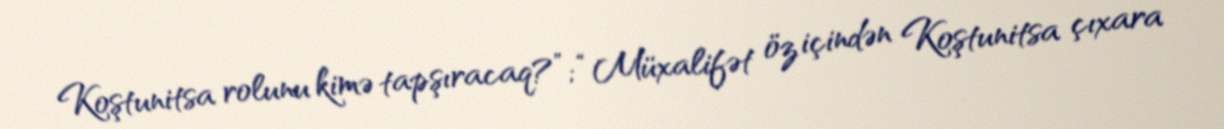
Koştunitsa rolunu kimə tapşıracaq?”; “Müxalifət öz içindən Koştunitsa çıxara